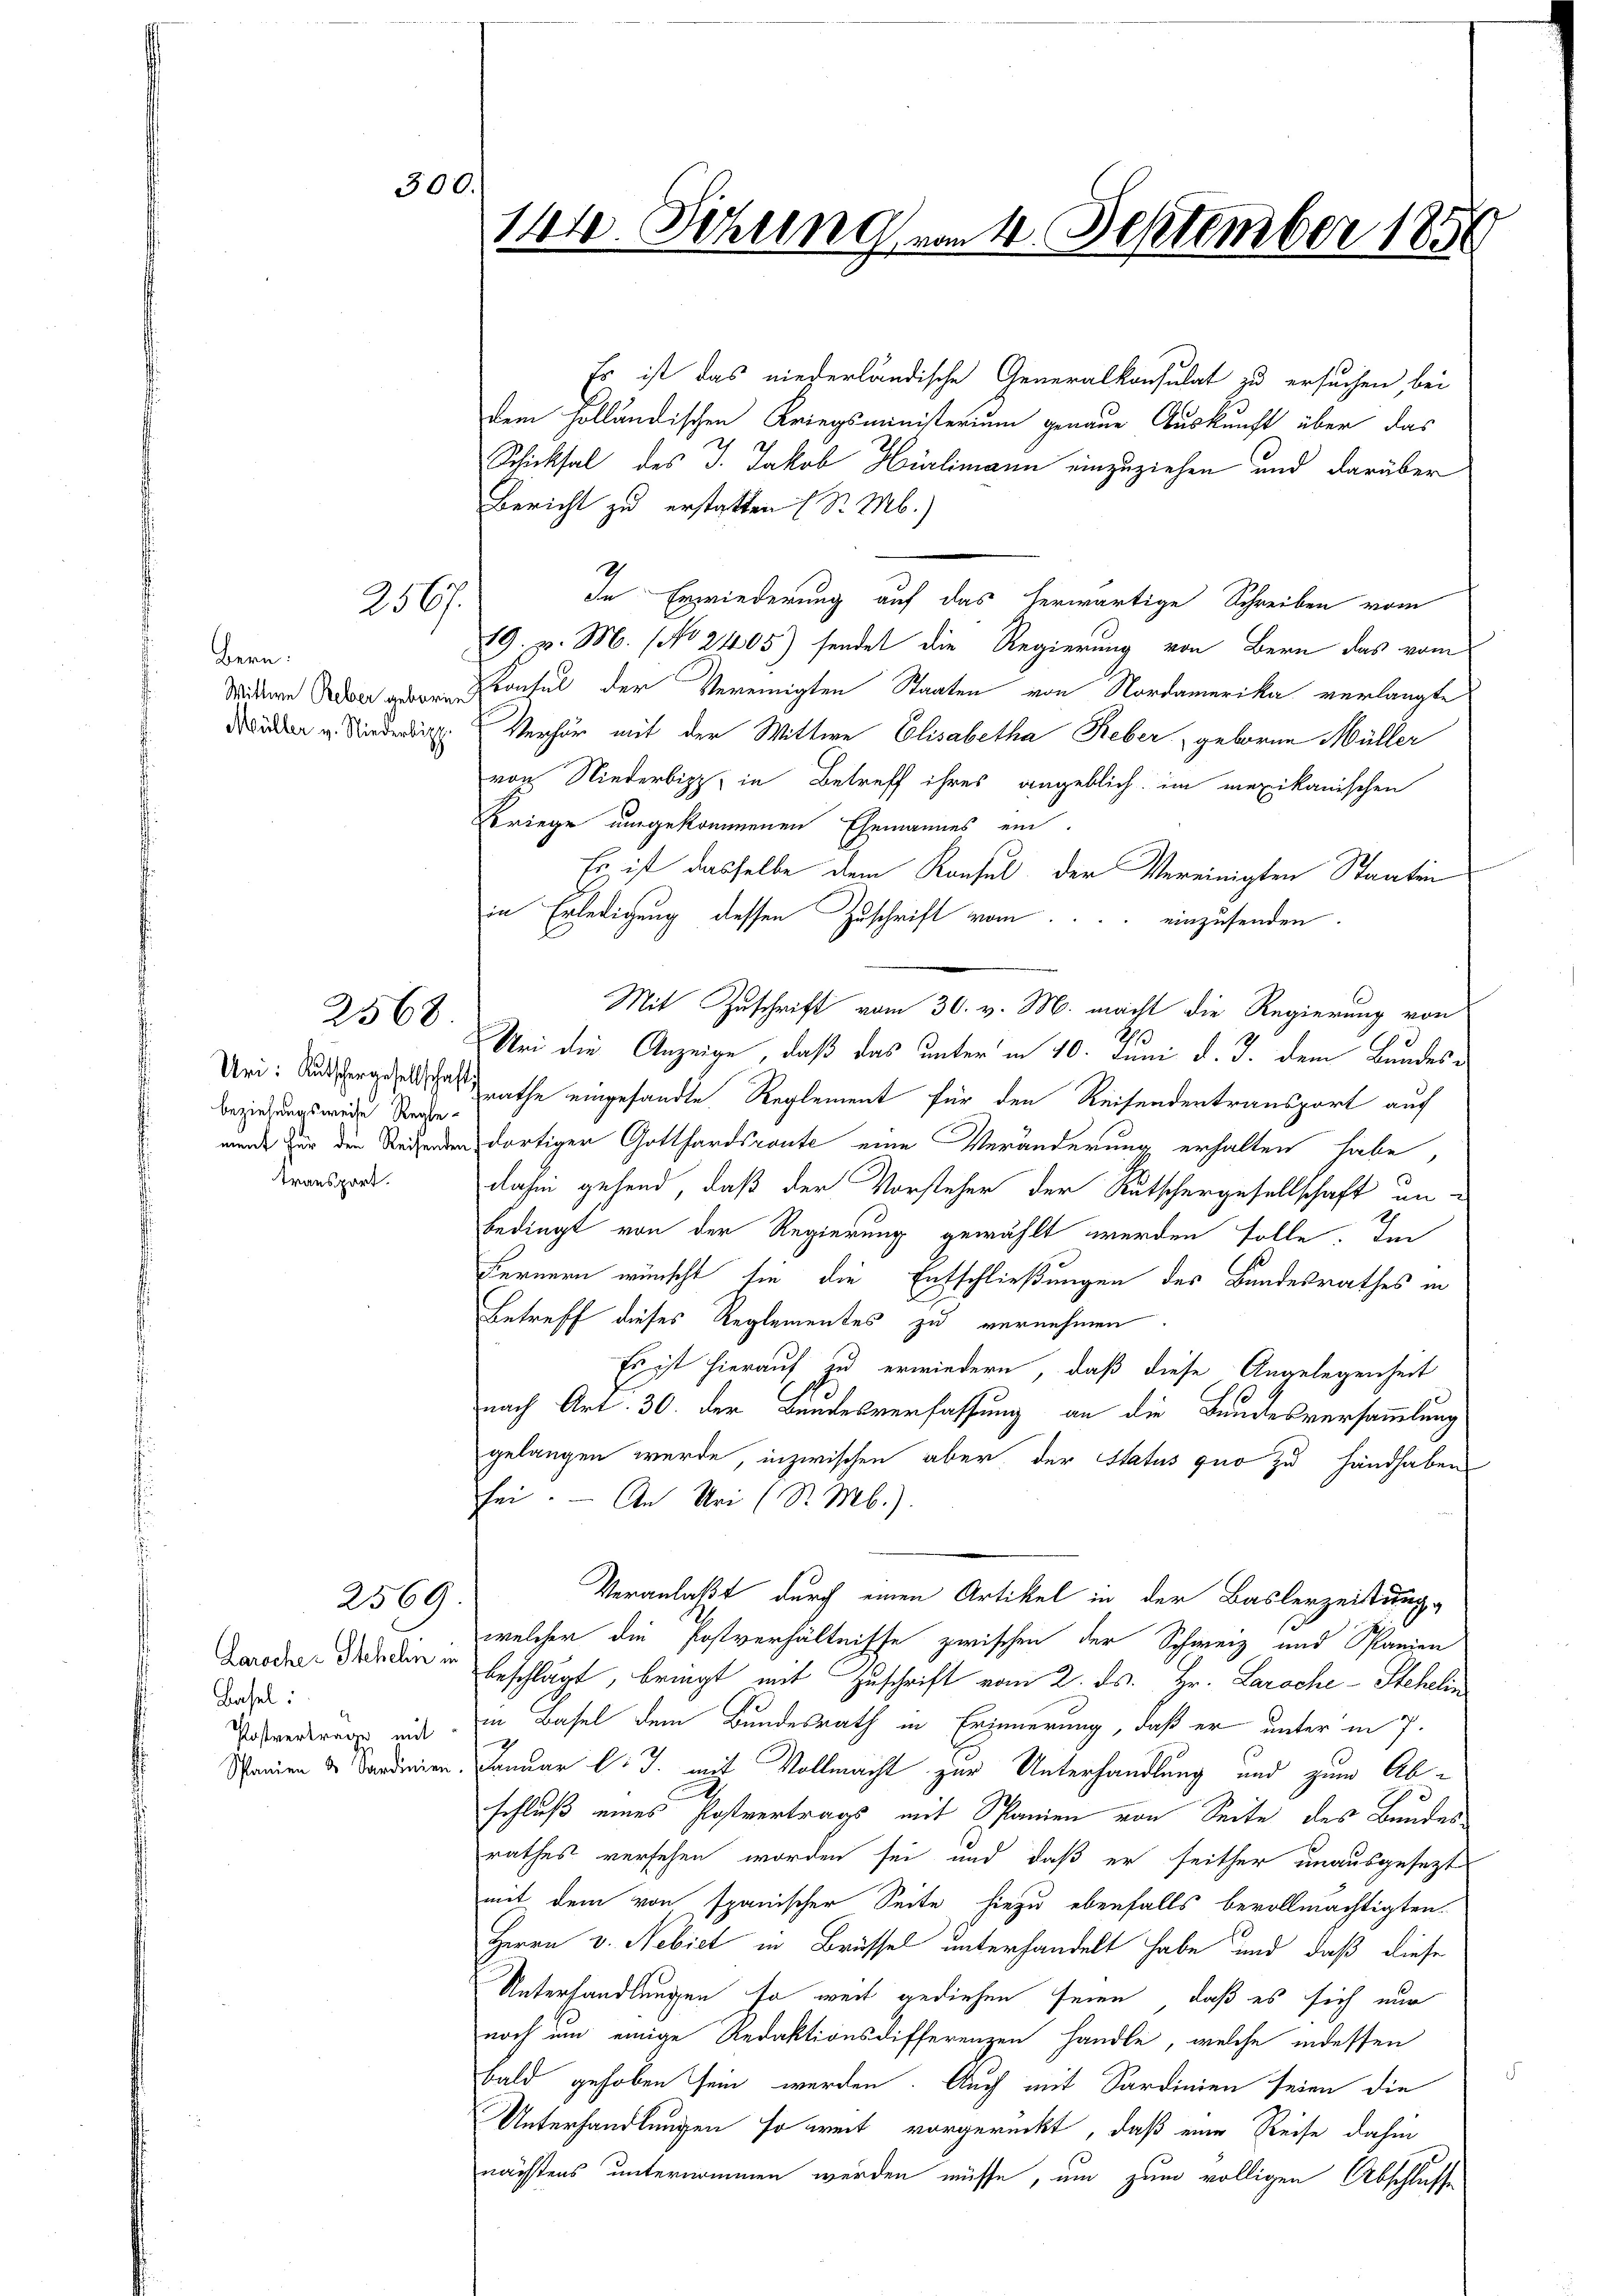
2568

256.

Bern:
Wittwe Reber geborne
Müller v. Niederlipp

Uri: Kutschergesellschaft
beziehungsweise Reglement für den Reisenden:
transport.

2569.

Zarocher Scheln in
Basel:
Postvertrage mit
Spanien 2 Sardinien.

300.

p

144. Setzung am 4. September 1856
80

Es ist das niederländische Generalkonsulat zu ersuchen, bei
dem Holländischen Kriegsministerium genaue Auskunft über das
Schicksal des J. Jakob Hürlimann einzuziehen und darüber
Bericht zu erstatten (S. M.)
In Erwiederung auf das herwärtige Schreiben vom
19. v. M. (No 2405) sendet die Regierung von Bern das vom
Kontul der Vereinigten Staaten von Nordamerika verlangte
Verhör mit der Wittwe Elisabetha Reber geboren Müller
von Niederbipp, in Betreff ihres angeblich im mexikanischen
Kriege umgekommenen Ehemannes ein.
Es ist dasselbe dem Konsul der Vereinigten Staaten
in Erledigung dessen Zuschrift vom
einzusenden.
Uei die Anzeige, daß das unter in 40. Juni d. J. dem Bundesrathe eingesandte Reglement für den Reisendertransport auf
dortiger Gotthardsconte eine Veränderung erhalten habe,
d
dahin gehend, daß der Vorsteher der Rutschergesellschaft anbedingt von der Regierung gewählt werden solle. Im
Fernern wünscht sie die Entschließungen des Bundesrathes in
Betreff dieses Reglementes zu vernehmen.
Es ist hierauf zu erwiedern, daß diese Angelegenheit
nach Art. 30. der Bundesverfassung an die Bundesversammlung
gelangen werde, inzwischen aber, der Status quo zu Handhaben
sei. — An Uri (S. Mb.).
Veranlaßt durch einen Artikel in der Baslerzeistung
welcher die Postverhältnisse zwischen der Schweiz und Panien
beschlägt, bringt mit Zuschrift vom 2. ds. Hr. Laroche - Stehelin
in Basel dem Bundesrath in Erinnerung, daß er unter in 7.
Januar l. J. mit Vollmacht zur Unterhandlung und zum Abschluß eines Postvertrags mit Spanien von Seite des Bundes
rathes versehen worden sei und daß er seither unausgesezt
mit dem von spanischer Seite hiezu ebenfalls bevollmächtigten.
Herrn v. Nebiet in Brüssel unterhandelt habe und daß diese
Unterhandlungen so weit gediesen seien, daß es sich nur
noch um einige Redaktionsdifferenzen handle, welche indessen
bald gehoben sein werden. Auch mit Sardinien seien die
Unterhandlungen so weit vorgerückt, daß eine Reise dahin
nächstens unternommen werden müsse, um zum völligen Abschlusse

Mit Zuschrift vom 30. v. M. macht die Regierung von